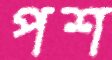
পশ